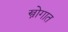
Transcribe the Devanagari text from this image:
स्त्रोगात